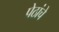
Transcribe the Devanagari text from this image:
पेठांचे